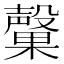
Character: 𭯃